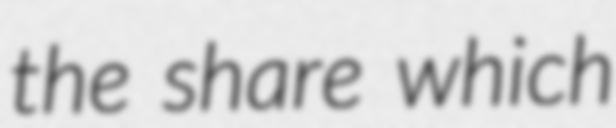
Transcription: the share which